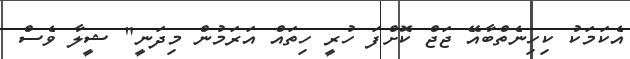
އެކަމަކު ކިހިނެތްބާއޭ ޖަޖް ކޮށްފަ ހުރީ ހިތައް އަރަމުން މިދަނީ" ޝީލާ ވެސް